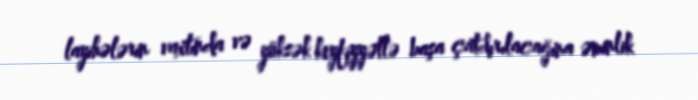
layihələrin vaxtında və yüksək keyfiyyətlə başa çatdırılacağına əminlik